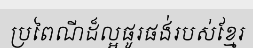
ប្រពៃណីដ៏ល្អផូរផង់របស់ខ្មែរ